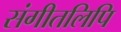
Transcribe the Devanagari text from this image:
संगीतलिपि